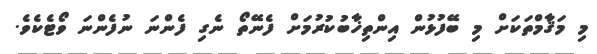
މި މަޤާމްތަކަށް މި ބޭފުޅުން އިންތިޚާބުކުރުމަށް ފެނޭތޯ ނެގި ފެންނަ ނުފެންނަ ވޯޓެކެވެ.